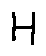
H